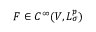
F \in C ^ { \infty } ( V , L _ { \sigma } ^ { p } )